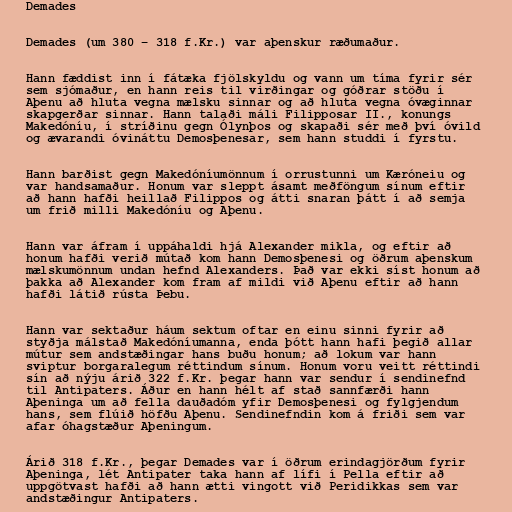
Demades

Demades (um 380 – 318 f.Kr.) var aþenskur ræðumaður.

Hann fæddist inn í fátæka fjölskyldu og vann um tíma fyrir sér
sem sjómaður, en hann reis til virðingar og góðrar stöðu í
Aþenu að hluta vegna mælsku sinnar og að hluta vegna óvæginnar
skapgerðar sinnar. Hann talaði máli Filipposar II., konungs
Makedóníu, í stríðinu gegn Ólynþos og skapaði sér með því óvild
og ævarandi óvináttu Demosþenesar, sem hann studdi í fyrstu.

Hann barðist gegn Makedóníumönnum í orrustunni um Kæróneiu og
var handsamaður. Honum var sleppt ásamt meðföngum sínum eftir
að hann hafði heillað Filippos og átti snaran þátt í að semja
um frið milli Makedóníu og Aþenu.

Hann var áfram í uppáhaldi hjá Alexander mikla, og eftir að
honum hafði verið mútað kom hann Demosþenesi og öðrum aþenskum
mælskumönnum undan hefnd Alexanders. Það var ekki síst honum að
þakka að Alexander kom fram af mildi við Aþenu eftir að hann
hafði látið rústa Þebu.

Hann var sektaður háum sektum oftar en einu sinni fyrir að
styðja málstað Makedóníumanna, enda þótt hann hafi þegið allar
mútur sem andstæðingar hans buðu honum; að lokum var hann
sviptur borgaralegum réttindum sínum. Honum voru veitt réttindi
sín að nýju árið 322 f.Kr. þegar hann var sendur í sendinefnd
til Antipaters. Áður en hann hélt af stað sannfærði hann
Aþeninga um að fella dauðadóm yfir Demosþenesi og fylgjendum
hans, sem flúið höfðu Aþenu. Sendinefndin kom á friði sem var
afar óhagstæður Aþeningum.

Árið 318 f.Kr., þegar Demades var í öðrum erindagjörðum fyrir
Aþeninga, lét Antipater taka hann af lífi í Pella eftir að
uppgötvast hafði að hann ætti vingott við Peridikkas sem var
andstæðingur Antipaters.